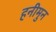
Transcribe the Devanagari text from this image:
हनीमुन